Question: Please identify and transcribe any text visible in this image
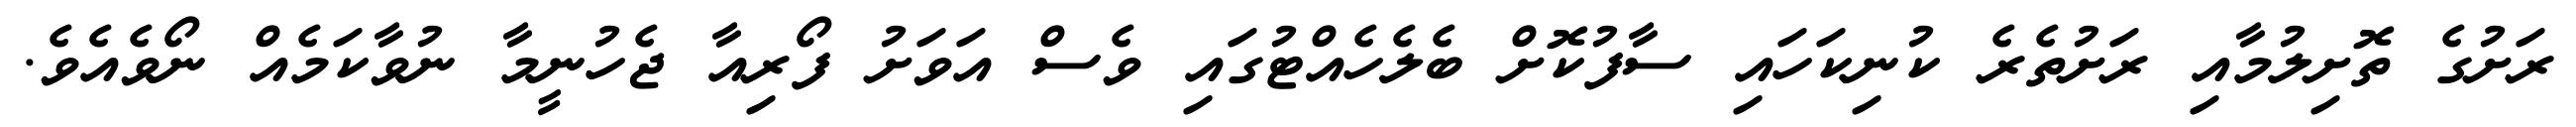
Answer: ރަށުގެ ތޮށިލުމާއި ރަށުތެރެ ކުނިކަހައި ސާފުކޮށް ބެލެހެއްޓުގައި ވެސް އަވަށު ފޯރިއާ ޖެހުނީމާ ނުވާކަމެއް ނޯވެއެވެ.